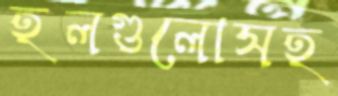
হলগুলোসহ